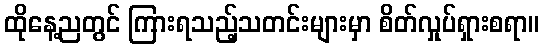
ထိုနေ့ညတွင် ကြားရသည့်သတင်းများမှာ စိတ်လှုပ်ရှားစရာ။